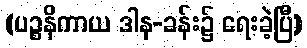
(ပဉ္စနိကာယ ဒါန-ခန်း၌ ရေးခဲ့ပြီ)